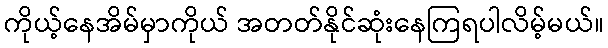
ကိုယ့်နေအိမ်မှာကိုယ် အတတ်နိုင်ဆုံးနေကြရပါလိမ့်မယ်။